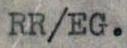
RR/EG.